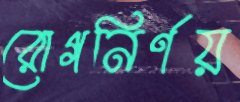
রোগনির্ণয়